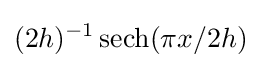
(2h)^{-1}\operatorname {sech} (\pi x/2h)